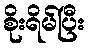
စိုးရိမ်ပြီး